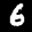
Label: 6